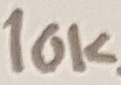
Text: 10KΩ